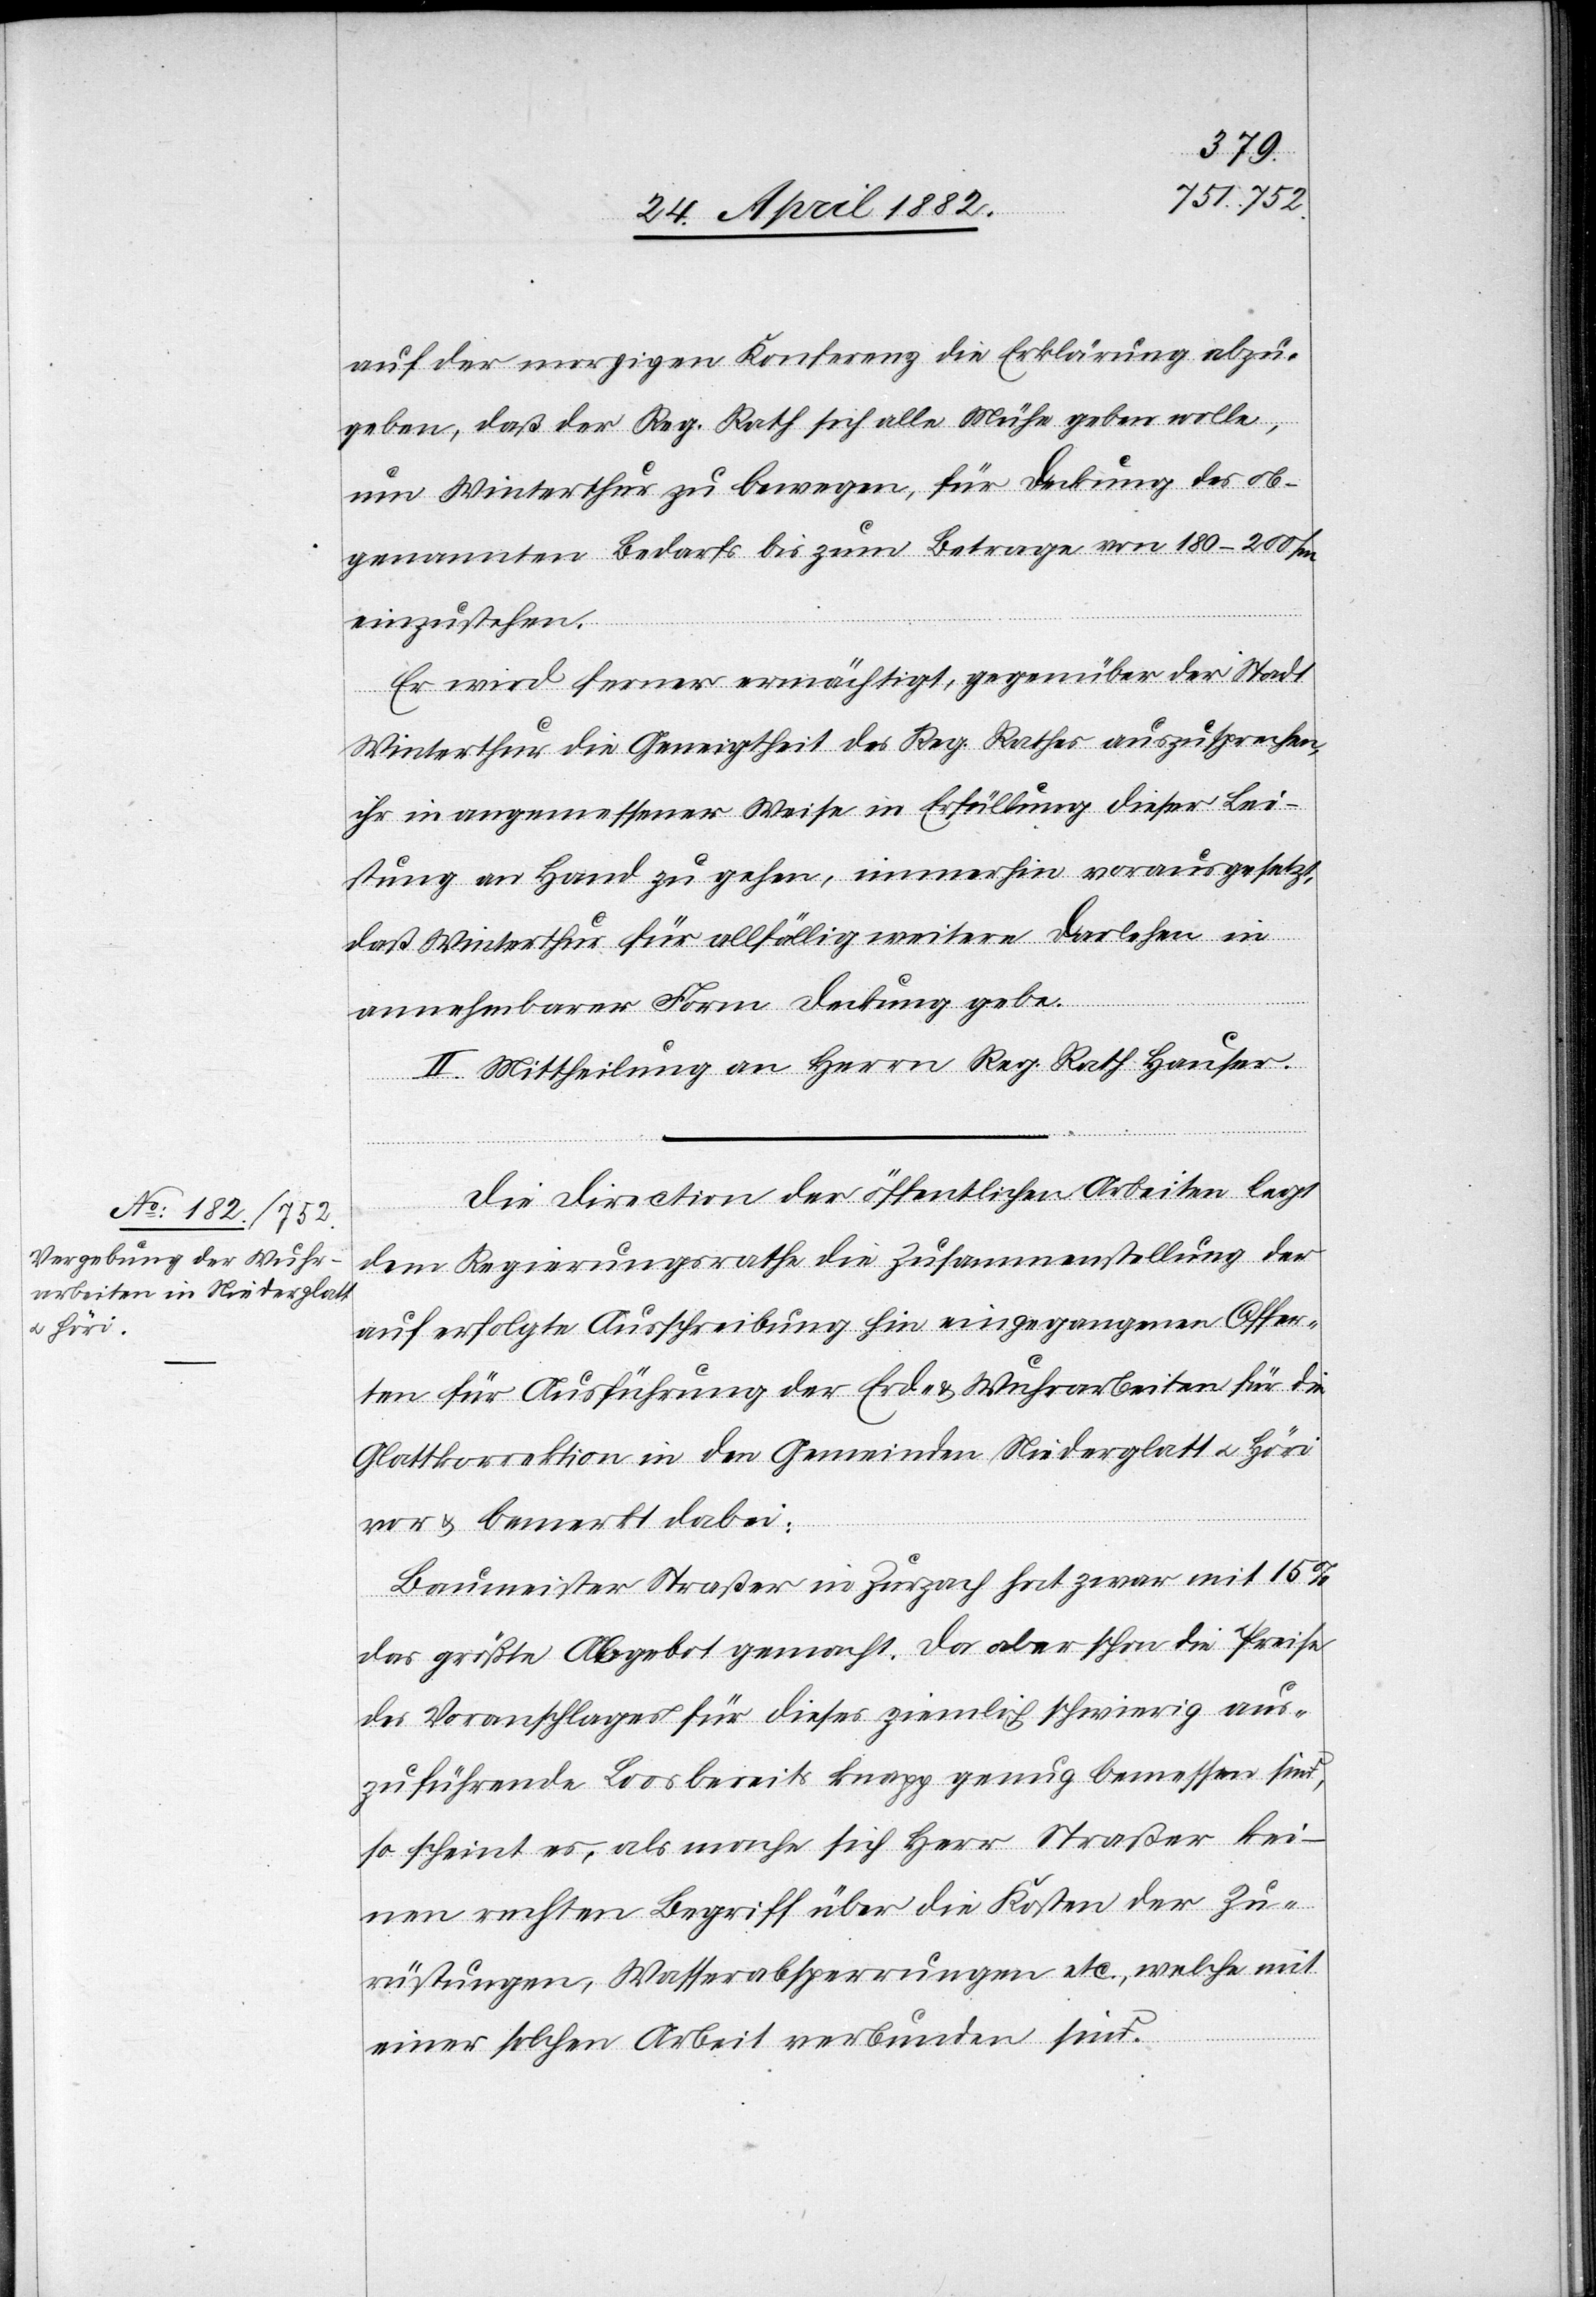
auf der morgigen Konferenz die Erklärung abzu¬
geben, daß der Reg. Rath sich alle Mühe geben wolle,
um Winterthur zu bewegen, für Deckung des ob¬
genannten Bedarfs bis zum Betrage von 180–200/m
einzustehen.
Er wird ferner ermächtigt, gegenüber der Stadt
Winterthur die Geneigtheit des Reg. Rathes auszusprechen,
ihr in angemessener Weise in Erfüllung dieser Lei¬
stung Hand zu geben, immerhin vorausgesetzt,
daß Winterthur für allfällig weitere Darlehen in
annehmbarer Form Deckung gebe.
II. Mittheilung an Herrn Reg. Rath Hauser.
Die Direction der öffentlichen Arbeiten legt
dem Regierungsrathe die Zusammenstellung der
auf erfolgte Ausschreibung hin eingegangenen Offer¬
ten für Ausführung der Erd- & Wuhrarbeiten für die
Glattkorrektion in den Gemeinden Niederglatt u. Höri
vor & bemerkt dabei:
Baumeister Straßer in Zurzach hat zwar mit 15%
das größte Abgebot gemacht. Da aber schon die Preise
des Voranschlages für dieses ziemlich schwierig aus¬
zuführende Loos bereits knapp genug bemessen sind,
so scheint es, als mache sich Herr Straßer kei¬
nen rechten Begriff über die Kosten der Zu¬
rüstungen, Wasserabsperrungen etc., welche mit
einer solchen Arbeit verbunden sind.